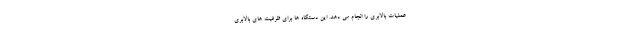
عملیات بالابری را انجام می دهد. این دستگاه ها برای ظرفیت های بالابری